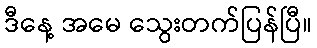
ဒီနေ့ အမေ သွေးတက်ပြန်ပြီ။